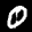
Label: 0